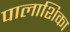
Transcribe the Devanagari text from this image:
पालाशिका